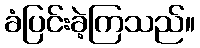
ခံပြင်းခဲ့ကြသည်။